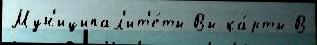
Мун'иципал'ит'е́ты Вы ка́рты В